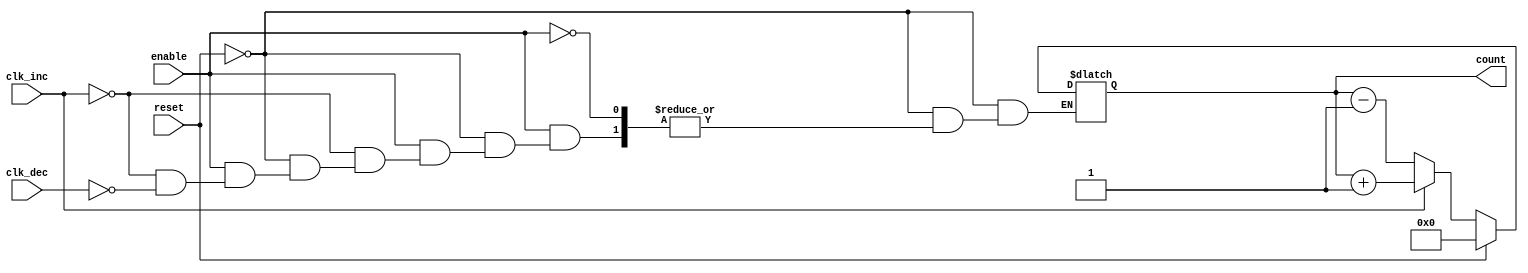
module dynamic_asynchronous_counter #(
    parameter WIDTH = 4  // Parameter to define the width of the counter (e.g., 2, 4, 8 bits)
) (
    input wire clk_inc,      // Asynchronous increment signal
    input wire clk_dec,      // Asynchronous decrement signal
    input wire reset,        // Asynchronous reset signal
    input wire enable,       // Enable signal for counting
    output reg [WIDTH-1:0] count // Current count value
);

// Asynchronous reset
always @* begin
    if (reset) begin
        count = 0; // Reset count to 0
    end else if (enable) begin
        if (clk_inc) begin
            count = count + 1; // Increment count
        end else if (clk_dec) begin
            count = count - 1; // Decrement count
        end
    end
end

endmodule